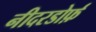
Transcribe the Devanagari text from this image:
नीदरडोर्फ़